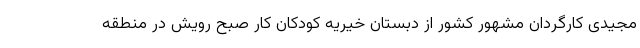
مجیدی کارگردان مشهور کشور از دبستان خیریه کودکان کار صبح رویش در منطقه